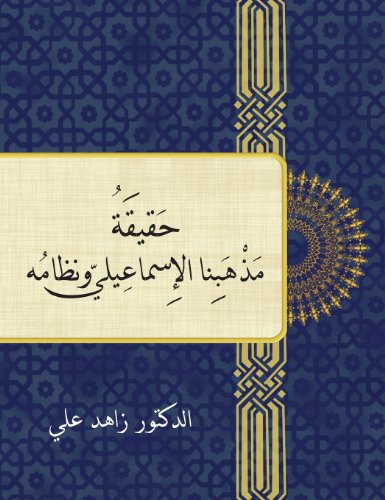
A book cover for The Reality and Order of Our Ismaili Doctrine (Arabic Edition); Zahid Ali; Religion & Spirituality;